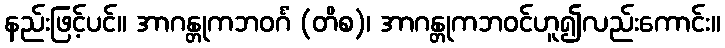
နည်းဖြင့်ပင်။ အာဂန္တုကဘဝင်္ဂံ (တိစ)၊ အာဂန္တုကဘဝင်ဟူ၍လည်းကောင်း။